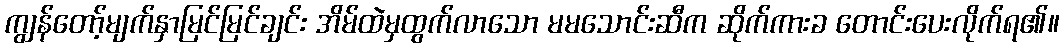
ကျွန်တော့်မျက်နှာမြင်မြင်ချင်း အိမ်ထဲမှထွက်လာသော မမသောင်းဆီက ဆိုက်ကားခ တောင်းပေးလိုက်ရ၏။